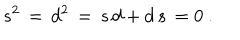
s ^ { 2 } \, = \, d ^ { 2 } \, = \, s \, d + d \, s \, = 0 \ .